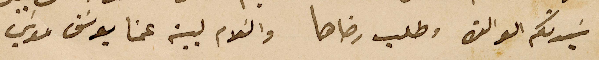
سَيدتكم الوالدة وطلب رضاها والسَلام لبيت عمنا يوسَف موسَي